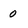
Character: 0